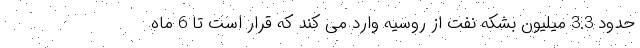
حدود 3.3 میلیون بشکه نفت از روسیه وارد می کند که قرار است تا 6 ماه